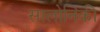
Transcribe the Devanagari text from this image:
सालोनिकी